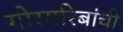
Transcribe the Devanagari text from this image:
गोरगरिबांची